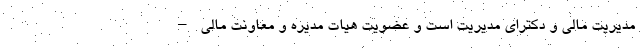
مدیریت مالی و دکترای مدیریت است و عضویت هیات مدیره و معاونت مالی –